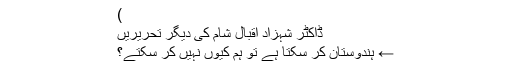
)
ڈاکٹر شہزاد اقبال شام کی دیگر تحریریں
← ہندوستان کر سکتا ہے تو ہم کیوں نہیں کر سکتے؟